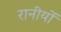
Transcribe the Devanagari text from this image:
रानीयों